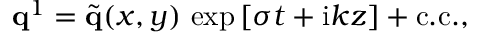
{ \bf q } ^ { 1 } = \tilde { { \bf q } } ( x , y ) \ \mathrm { e x p } \left[ \sigma t + \mathrm { i } k z \right] + \mathrm { c . c . } ,